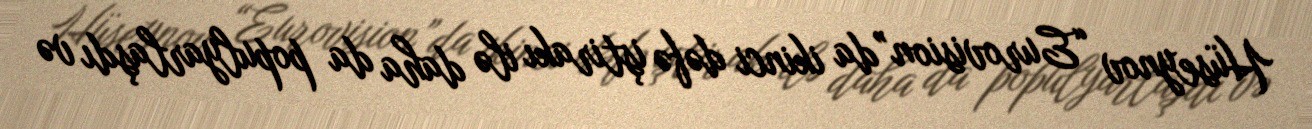
Hüseynov “Eurovision”da ikinci dəfə iştirakı ilə daha da populyarlaşdı və